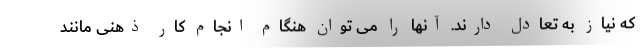
که نیاز به تعادل دارند. آنها را می توان هنگام انجام کار ذهنی مانند